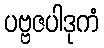
ပဗ္ဗဇပါဒုကံ